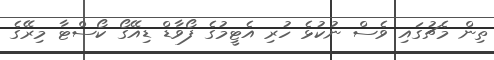
ތިން މެޗުގައި ވެސް ނުކުޅެ ހުރި އެޓީމުގެ ފޯވާޑް ޑިއޭގޯ ކޯސްޓާ މިރޭގެ